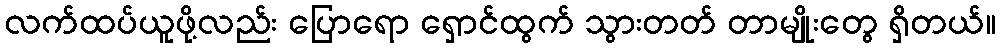
လက်ထပ်ယူဖို့လည်း ပြောရော ရှောင်ထွက် သွားတတ် တာမျိုးတွေ ရှိတယ်။